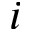
i